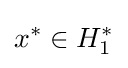
x^{*}\in H_{1}^{*}